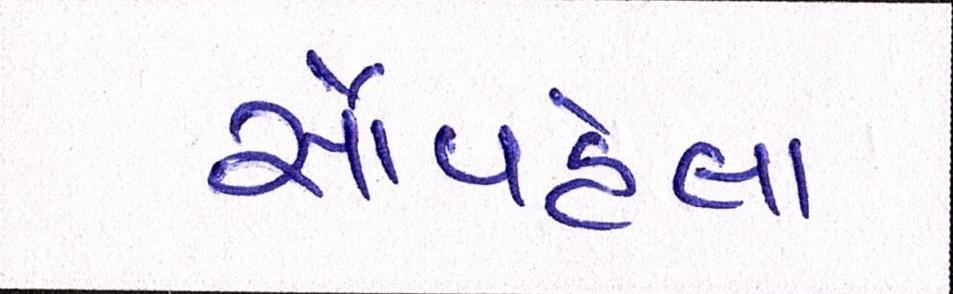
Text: સૌપહેલા